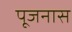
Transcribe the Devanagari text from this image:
पूजनास